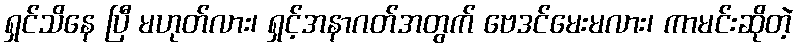
ရှင်သိနေ ပြီ မဟုတ်လား၊ ရှင့်အနာဂတ်အတွက် ဗေဒင်မေးမလား၊ ကာမင်းဆိုတဲ့